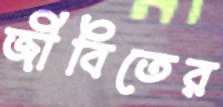
জীবিতের